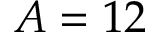
A = 1 2